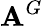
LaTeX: \mathbf{A}^{G}